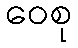
ဝေစု